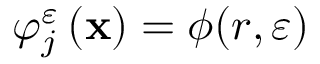
\varphi _ { j } ^ { \varepsilon } \left( \mathbf { x } \right) = \phi ( r , \varepsilon )